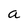
Character: a